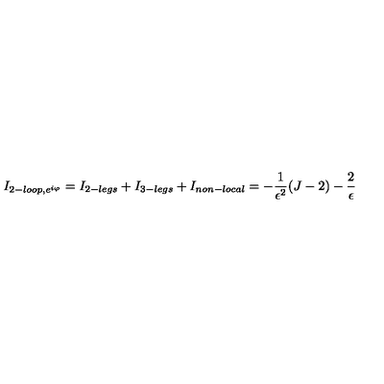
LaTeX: I _ { 2 - l o o p , e ^ { i \varphi } } = I _ { 2 - l e g s } + I _ { 3 - l e g s } + I _ { n o n - l o c a l } = - { \frac { 1 } { \epsilon ^ { 2 } } } ( J - 2 ) - { \frac { 2 } { \epsilon } }